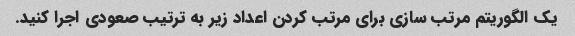
یک الگوریتم مرتب سازی برای مرتب کردن اعداد زیر به ترتیب صعودی اجرا کنید.